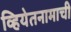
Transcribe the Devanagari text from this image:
व्हियेतनामाची